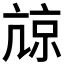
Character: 𡮎